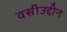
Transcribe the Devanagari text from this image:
वसीउद्दीन